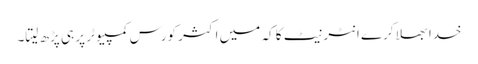
خدا بھلا کرے انٹر نیٹ کا کہ میں اکثر کورس کمپیوٹر پر ہی پڑھ لیتا۔